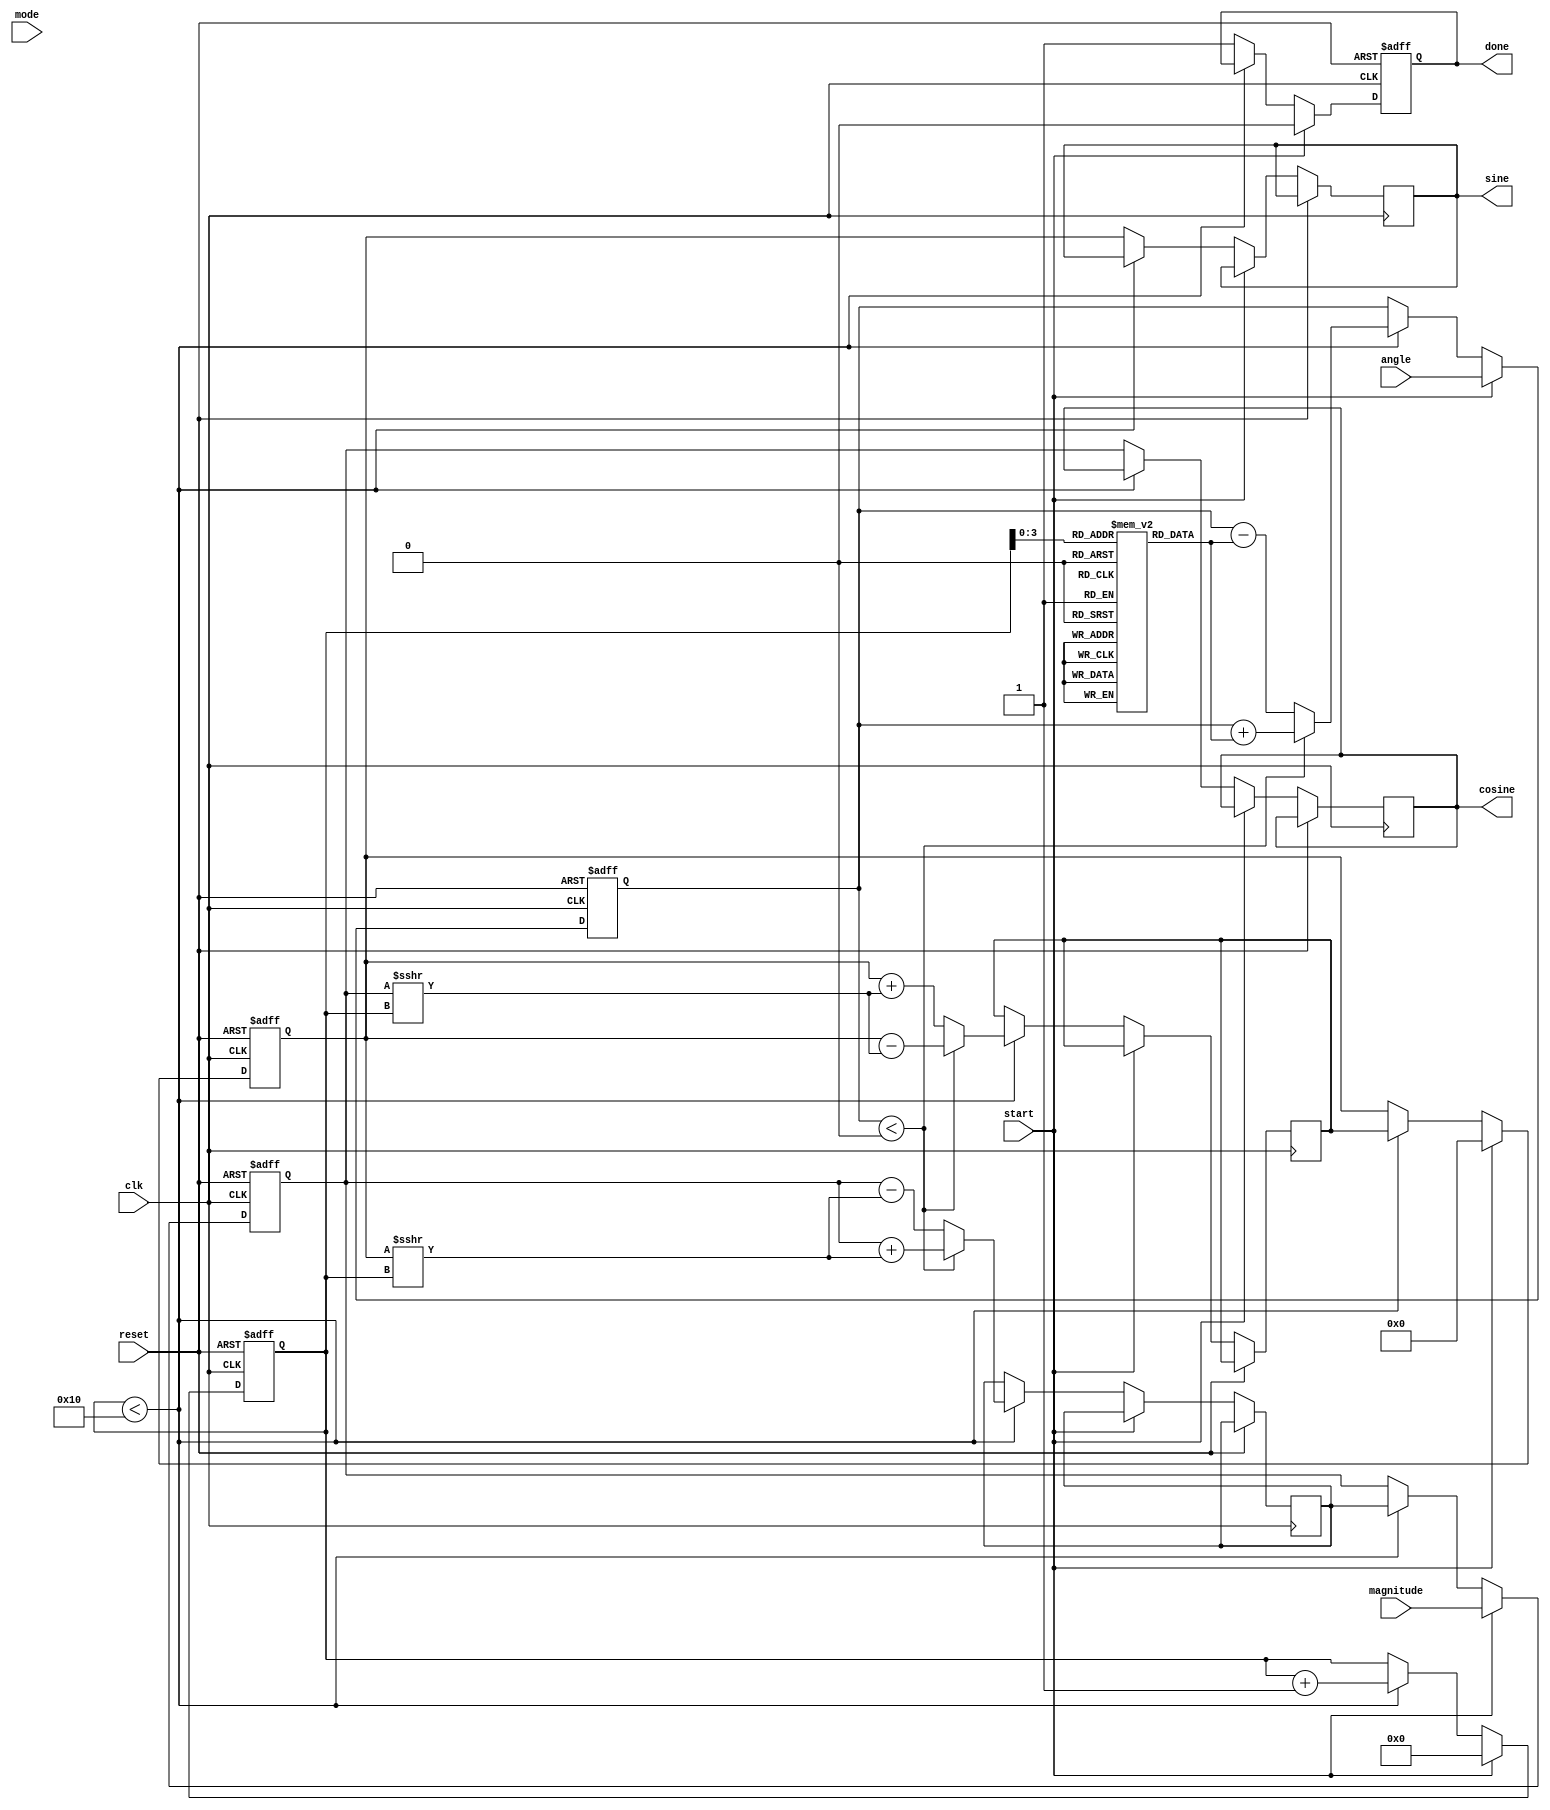
module adaptive_cordic #(
    parameter DATA_WIDTH = 32, // Width of input and output data
    parameter MAX_ITERATIONS = 16 // Maximum number of iterations
)(
    input wire clk,
    input wire reset,
    input wire [DATA_WIDTH-1:0] angle, // Input angle in fixed-point format
    input wire [DATA_WIDTH-1:0] magnitude, // Input magnitude
    input wire start, // Start signal for the operation
    input wire mode, // 0 for rotation, 1 for vectoring
    output reg [DATA_WIDTH-1:0] sine, // Output sine value
    output reg [DATA_WIDTH-1:0] cosine, // Output cosine value
    output reg done // Done signal
);

    reg [DATA_WIDTH-1:0] x, y, z; // CORDIC variables
    reg [4:0] iteration; // Iteration counter
    reg [DATA_WIDTH-1:0] arctan_table [0:MAX_ITERATIONS-1]; // Pre-calculated arctangent values
    reg [DATA_WIDTH-1:0] scaling_factor; // Scaling factor
    reg [DATA_WIDTH-1:0] temp_x, temp_y; // Temporary variables for calculations

    // Initialize arctangent values and scaling factor
    initial begin
        arctan_table[0] = 32'h00000000; // atan(0)
        arctan_table[1] = 32'h3F19999A; // atan(1/2)
        arctan_table[2] = 32'h3E4CCCCD; // atan(1/4)
        // Add more values as needed
        scaling_factor = 32'h00000001; // Initial scaling factor
    end

    // State machine for CORDIC operation
    always @(posedge clk or posedge reset) begin
        if (reset) begin
            x <= 0;
            y <= 0;
            z <= 0;
            iteration <= 0;
            done <= 0;
        end else if (start) begin
            // Initialize CORDIC variables
            x <= magnitude;
            y <= 0;
            z <= angle;
            iteration <= 0;
            done <= 0;
        end else if (iteration < MAX_ITERATIONS) begin
            // CORDIC rotation logic
            if (z < 0) begin
                temp_x <= x + (y >>> iteration);
                temp_y <= y - (x >>> iteration);
                z <= z + arctan_table[iteration];
            end else begin
                temp_x <= x - (y >>> iteration);
                temp_y <= y + (x >>> iteration);
                z <= z - arctan_table[iteration];
            end
            
            // Update x and y
            x <= temp_x;
            y <= temp_y;
            iteration <= iteration + 1;
        end else begin
            // Final output assignment
            sine <= y;
            cosine <= x;
            done <= 1;
        end
    end

endmodule